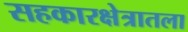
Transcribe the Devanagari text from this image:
सहकारक्षेत्रातला